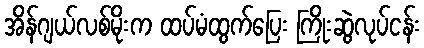
အိန်ဂျယ်လစ်မိုးက ထပ်မံထွက်ပြေး ကြိုးဆွဲလုပ်ငန်း